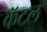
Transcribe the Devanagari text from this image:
कॅटल